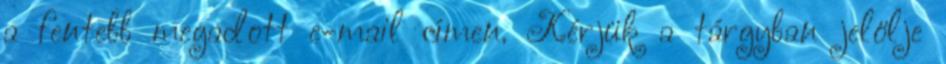
a fentebb megadott e-mail címen. Kérjük a tárgyban jelölje